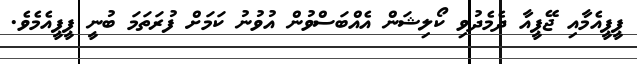
ޕީޕީއެމާއި ޖޭޕީއާ ދެމެދުވި ކޯލިޝަން އެއްބަސްވުން އުވުނު ކަމަށް ފުރަތަމަ ބުނީ ޕީޕީއެމެވެ.